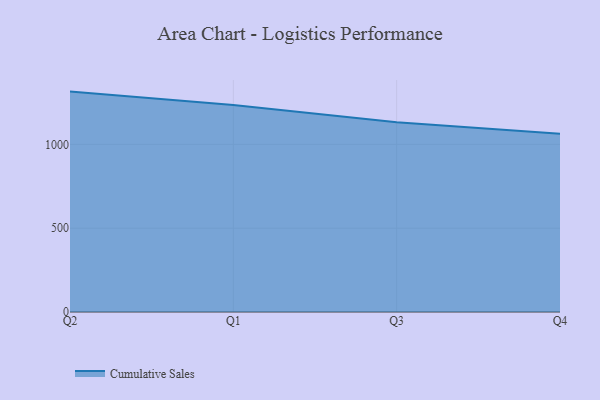
{"axis": {"x": "Quarter", "y": "Demand Index"}, "legend": ["Cumulative Sales"], "data": [{"x": "Q2", "y": 1315.2, "type": "Cumulative Sales"}, {"x": "Q1", "y": 1235.9, "type": "Cumulative Sales"}, {"x": "Q3", "y": 1132.7, "type": "Cumulative Sales"}, {"x": "Q4", "y": 1063.3, "type": "Cumulative Sales"}]}